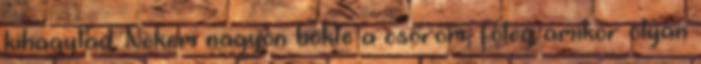
kihagytad. Nekem nagyon bökte a csőröm, főleg amikor olyan